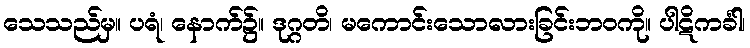
သေသည်မှ။ ပရံ၊ နောက်၌။ ဒုဂ္ဂတိ၊ မကောင်းသောလားခြင်းဘဝကို။ ပါဋိကင်္ခါ၊